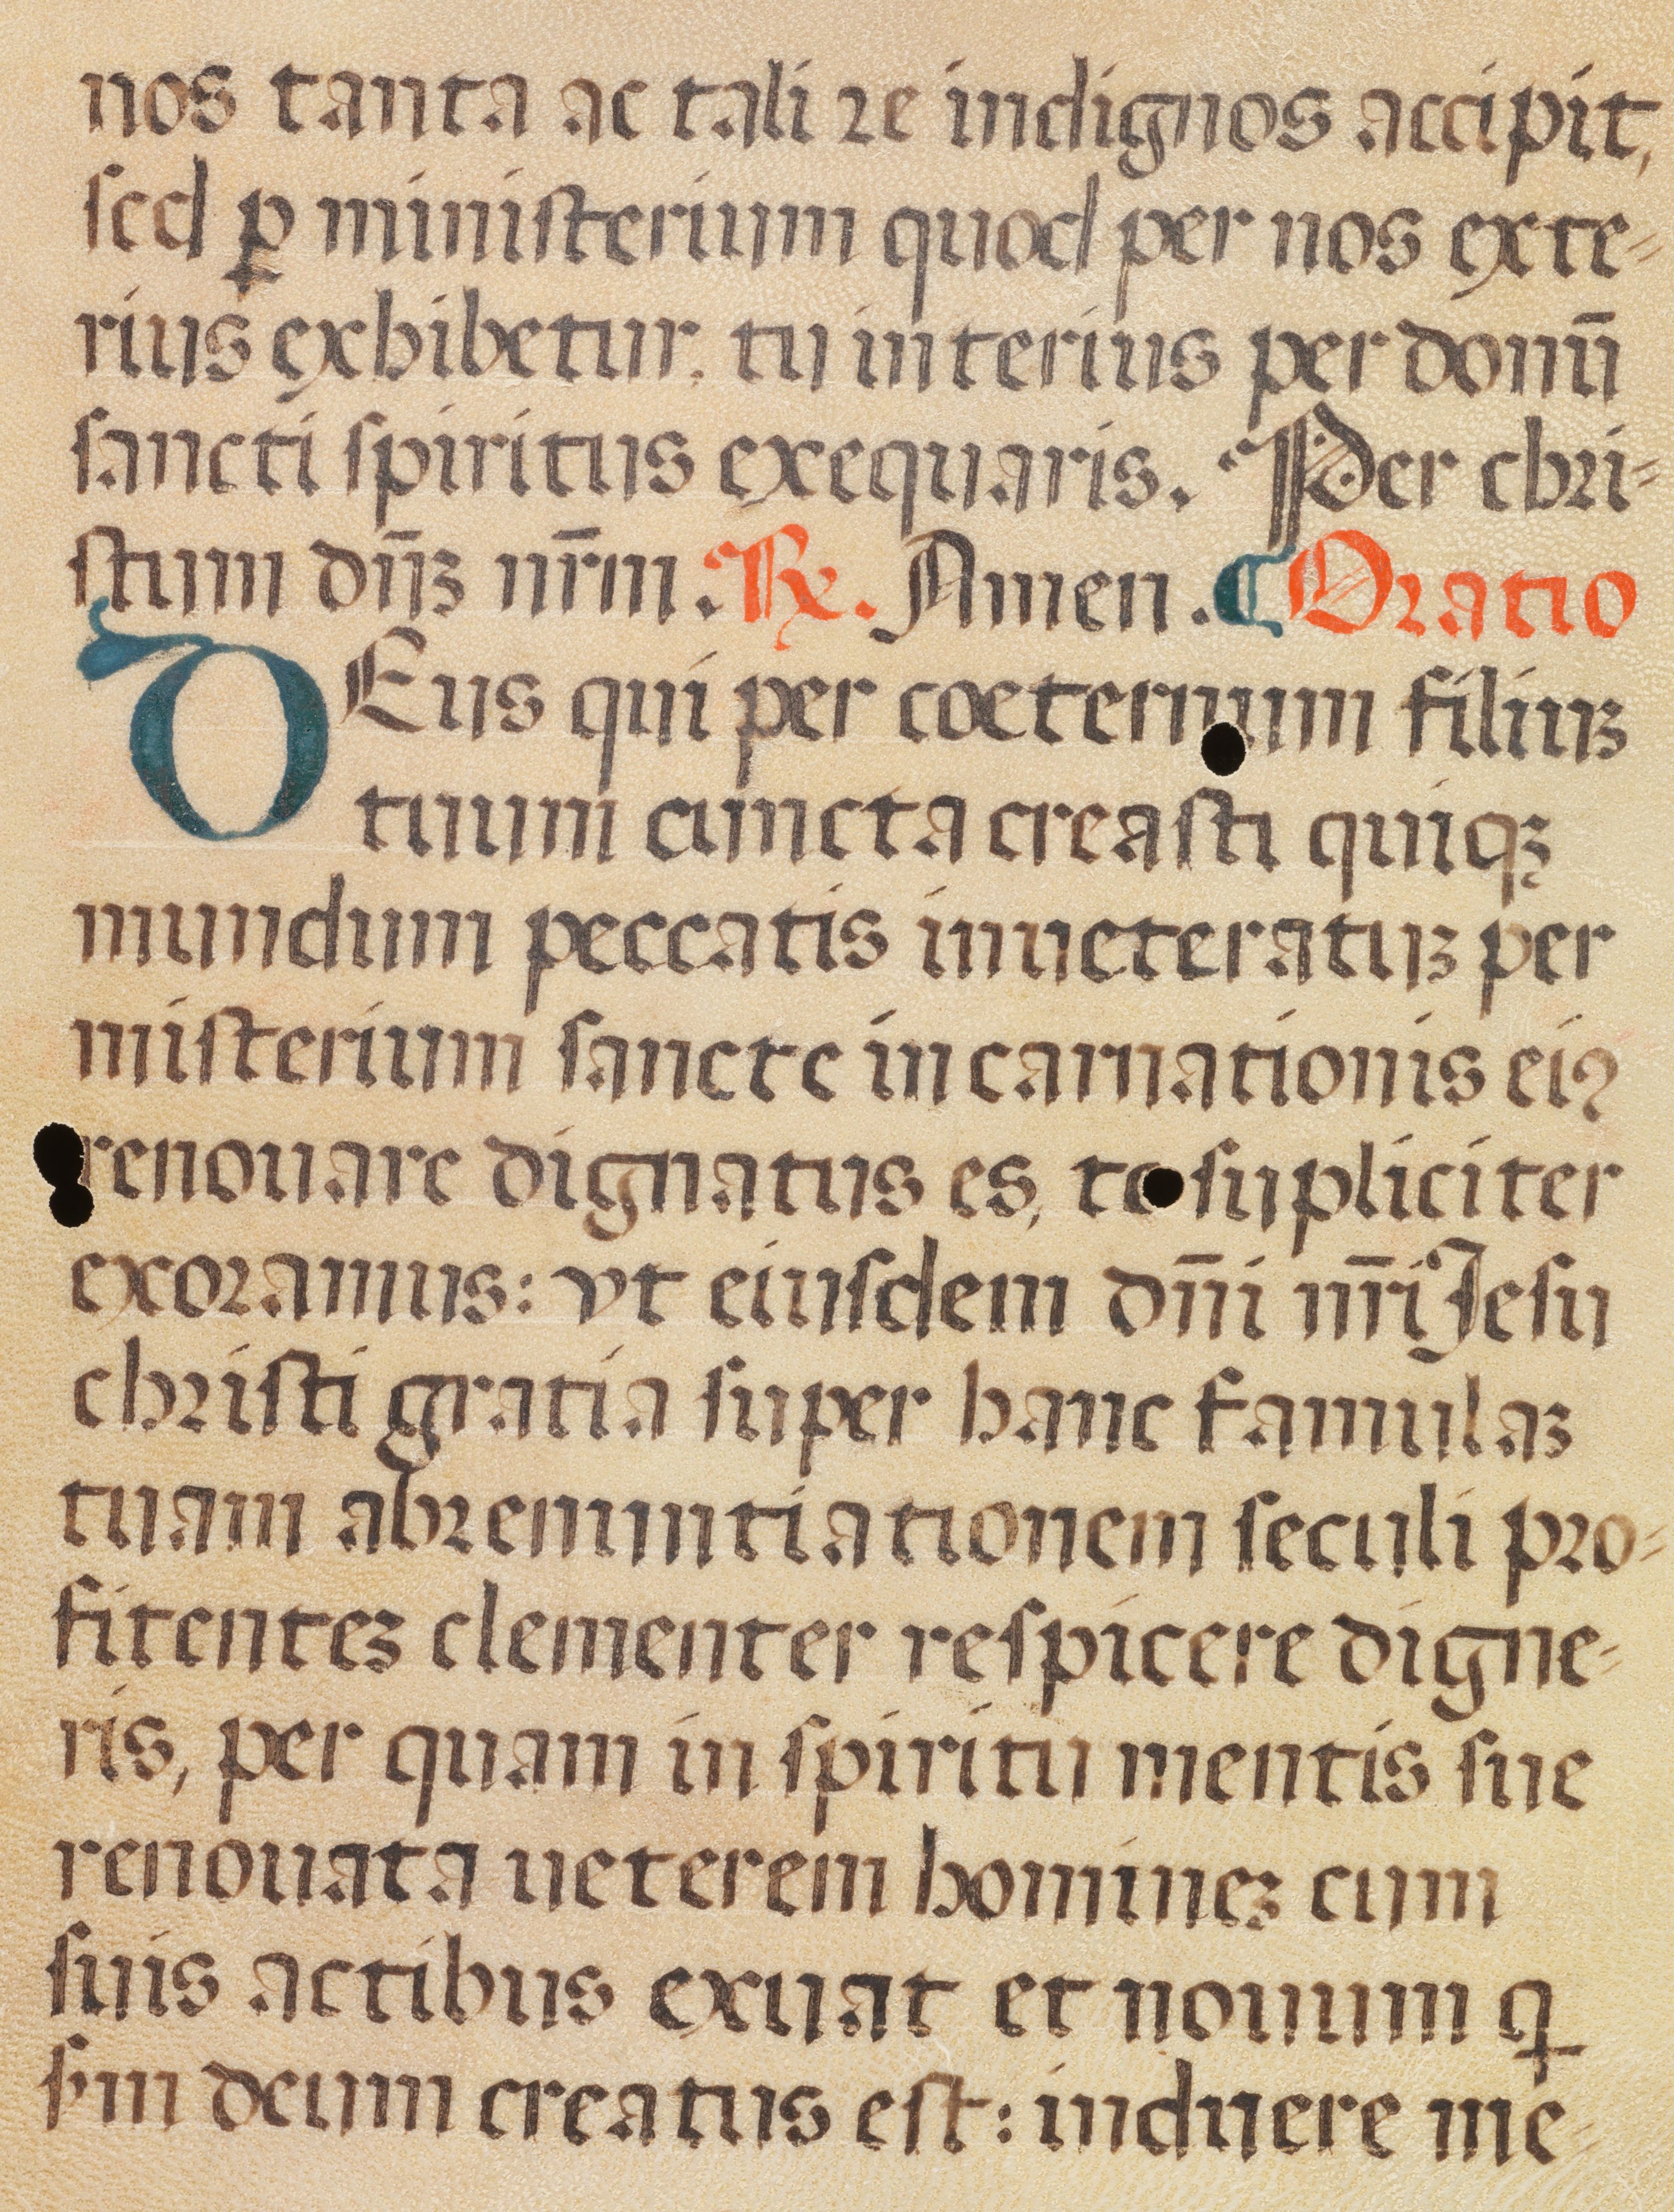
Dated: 1400–1499